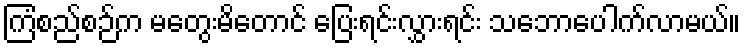
ကြံစည်စဉ်က မတွေးမိတောင် ပြေးရင်းလွှားရင်း သဘောပေါက်လာမယ်။